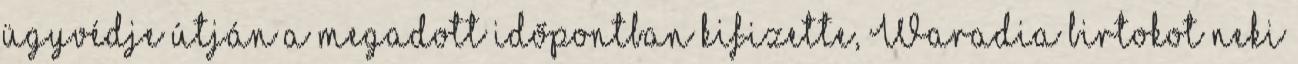
ügyvédje útján a megadott időpontban kifizette, Waradia bir­tokot neki